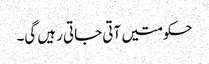
حکومتیں آتی جاتی رہیں گی۔